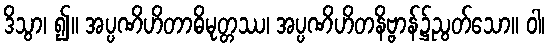
ဒိသွာ၊ ၍။ အပ္ပဏိဟိတာဓိမုတ္တဿ၊ အပ္ပဏိဟိတနိဗ္ဗာန်၌ညွတ်သော။ ဝါ၊